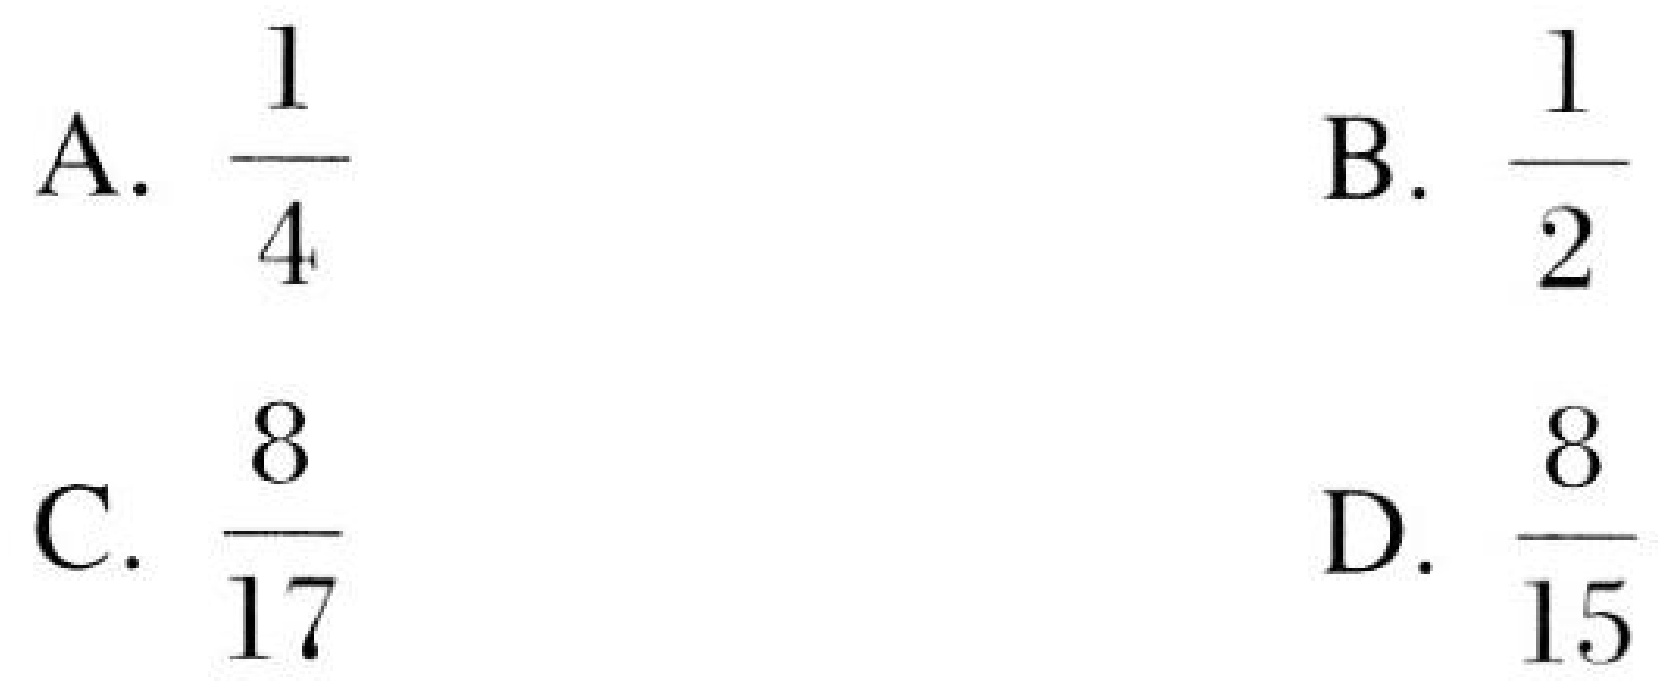
A. \(\dfrac{1}{4}\)
B. \(\dfrac{1}{2}\)
C. \(\dfrac{8}{17}\)
D. \(\dfrac{8}{15}\)